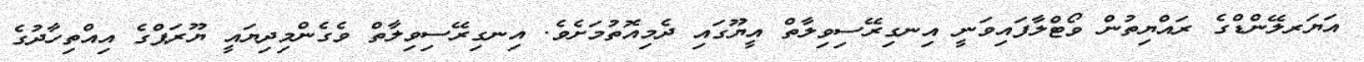
އަޔަރލޭންޑްގެ ރައްޔިތުން ވޯޓްލާފައިވަނީ އިނގިރޭސިވިލާތް އީޔޫގައި ދެމިއޮތުމަށެވެ. އިނގިރޭސިވިލާތް ވެގެންމިދިޔައީ ޔޫރަޕްގެ އިއްތިހާދުގެ